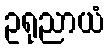
ဥရုညာယံ